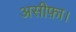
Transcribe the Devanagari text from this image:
असीफ़ा।